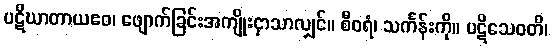
ပဋိဃာတာယဧဝ၊ ဖျောက်ခြင်းအကျိုးငှာသာလျှင်။ စီဝရံ၊ သင်္ကန်းကို။ ပဋိသေဝတိ၊